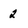
Character: 2